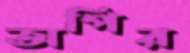
অপির